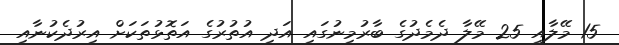
15 މޭލާއި 25 މޭލާ ދެމެދުގެ ބާރުމިނުގައި އަދި އުތުރުގެ އަތޮޅުތަކަށް އިރުދެކުނާއި